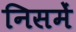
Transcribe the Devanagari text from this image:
निसमें